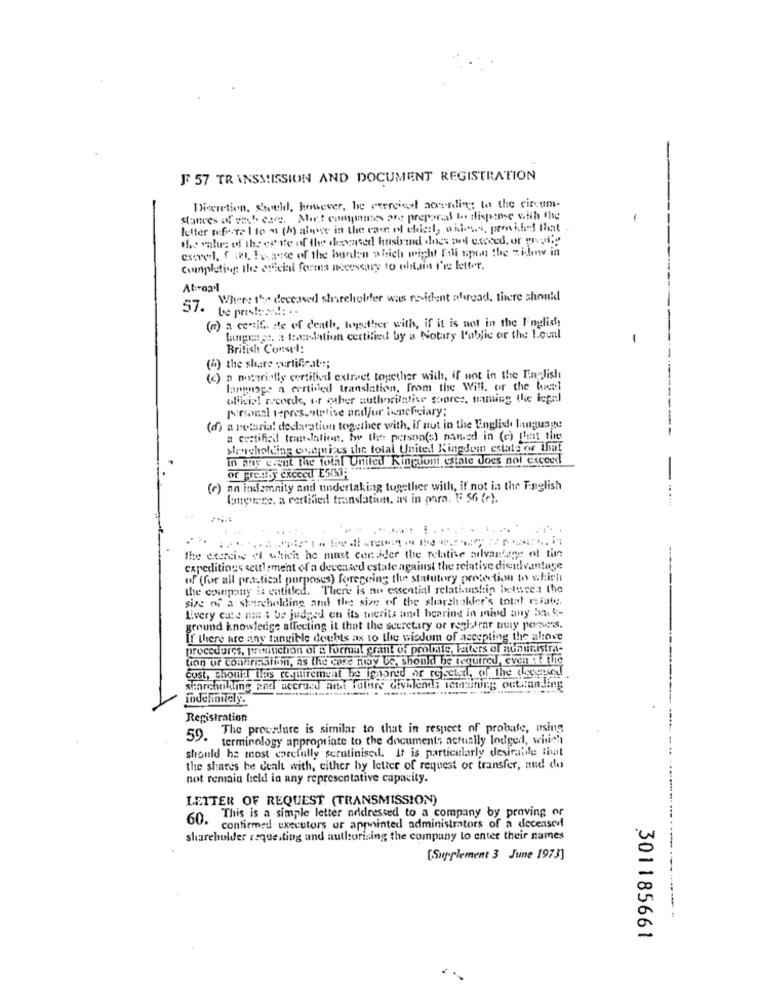
F 57 TRANSMISSION AND DOCUMENT REGISTRATION
Discretion, Stoeld, however, be peerciel aownding to the circum-
stances of web esce. Most companies are prepared to dispense with the
letter noforte I to a (h) above in the case of chisil, wales, president that
the value of the erste of the deceased husiand does not exceed, or pragni;y
csered. f ial, Focacce of the burden which might Eioll upon the widow in
Completing the official forms necessary to obtain I're letter.
Atırna
Where the deceased shareholder was resident afread, there should
57. Le pre !:..... . .
(n) a cenif. se of death, together with, if it is not in the Inglish
buigen st. a toolation certified by a Notary Public or the Lounl
British Condyl:
(4) the share ;urlificate;
(c) a notariofly certified extrvet together with, if not in the English
language a certided translation, from the Will, or the local
ollisie! records, or other authoritative gopres, taming the legal
Personal representative and/or beneficiary;
(d) a retaria! declaration together with, if atut in the English language
a certified translation, by the person(s) named in (e) that the
shareholding ouniets the total United Kingdom estate or that
in any event the total United Kinption estate does not exceed
or pretty exceed ENNA
(c) an indemnity and undertaking together with, if not in the English
languere, a certified translation, as in para. F 56 (f).
the exercise el which he must consider the relative advantage of tin
expeditious settlement of a deceased estate against the relative disadvantage
of (for all practical purposes) foregoing the statutory protection to which
the company is catitled. There is an essential relationship between the
size of a shareholding and the size of the sharshaklee's total niate ;.
Livery cate mm : be judged on its tuerits and bearing in mind any 5x 5-
ground knowledge affecting it that the sceretary or registrar muy porzess.
If there are any tangible doubts as to the wisdom of accepting the above
procedures, primiuction of & format grant of proleite, Faiters of noministra-
tion of contiri siton, as the case niay Ue, should be required, even it tig
cust, Shout this requirement be ignored or rejected, of the discused
searchalling zad accrucd and future Givilend; semiring outhanding
indefinitely.
Registration
59. The proenfure is similar to that in respect of probate, using
terminology appropriate to the documents actually lodged, which
should be most carefully scrutinised. It is particularly desirable that
the shares be dealt with, either by letter of request or transfer, and do
not remain held in any representative capacity.
LETTER OF REQUEST (TRANSMISSION)
This is a simple letter addressed to a company by proving or
60. confirmed executors or appointed administrators of a deceased
shareholder requesting and authorising the company to enter their names
[Supplement 3 June 1973]
301185661